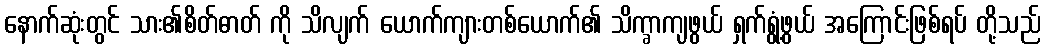
နောက်ဆုံးတွင် သား၏စိတ်ဓာတ် ကို သိလျက် ယောက်ကျားတစ်ယောက်၏ သိက္ခာကျဖွယ် ရှက်ရွံ့ဖွယ် အကြောင်းဖြစ်ရပ် တို့သည်